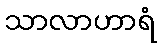
သာလာဟာရံ